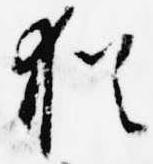
猶